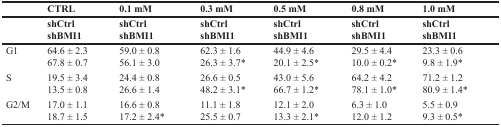
<table><thead><tr><td></td><td><b>CTRL</b></td><td><b>0.1 mM</b></td><td><b>0.3 mM</b></td><td><b>0.5 mM</b></td><td><b>0.8 mM</b></td><td><b>1.0 mM</b></td></tr><tr><td></td><td><b>shCtrl shBMI1</b></td><td><b>shCtrl shBMI1</b></td><td><b>shCtrl shBMI1</b></td><td><b>shCtrl shBMI1</b></td><td><b>shCtrl shBMI1</b></td><td><b>shCtrl shBMI1</b></td></tr></thead><tbody><tr><td>G1</td><td>64.6 ± 2.3 67.8 ± 0.7</td><td>59.0 ± 0.8 56.1 ± 3.0</td><td>62.3 ± 1.6 26.3 ± 3.7*</td><td>44.9 ± 4.6 20.1 ± 2.5*</td><td>29.5 ± 4.4 10.0 ± 0.2*</td><td>23.3 ± 0.6 9.8 ± 1.9*</td></tr><tr><td>S</td><td>19.5 ± 3.4 13.5 ± 0.8</td><td>24.4 ± 0.8 26.6 ± 1.4</td><td>26.6 ± 0.5 48.2 ± 3.1*</td><td>43.0 ± 5.6 66.7 ± 1.2*</td><td>64.2 ± 4.2 78.1 ± 1.0*</td><td>71.2 ± 1.2 80.9 ± 1.4*</td></tr><tr><td>G2/M</td><td>17.0 ± 1.1 18.7 ± 1.5</td><td>16.6 ± 0.8 17.2 ± 2.4*</td><td>11.1 ± 1.8 25.5 ± 0.7</td><td>12.1 ± 2.0 13.3 ± 2.1*</td><td>6.3 ± 1.0 12.0 ± 1.2</td><td>5.5 ± 0.9 9.3 ± 0.5*</td></tr></tbody></table>